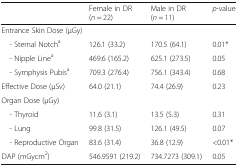
<table><thead><tr><td></td><td><b>Female in DR (<i>n</i> = 22)</b></td><td><b>Male in DR (<i>n</i> = 11)</b></td><td><b><i>p</i>-value</b></td></tr></thead><tbody><tr><td colspan="4">Entrance Skin Dose (μGy)</td></tr><tr><td> - Sternal Notch<sup>a</sup></td><td>126.1 (33.2)</td><td>170.5 (64.1)</td><td>0.01*</td></tr><tr><td> - Nipple Line<sup>a</sup></td><td>469.6 (165.2)</td><td>625.1 (273.5)</td><td>0.05</td></tr><tr><td> - Symphysis Pubis<sup>a</sup></td><td>709.3 (276.4)</td><td>756.1 (343.4)</td><td>0.68</td></tr><tr><td>Effective Dose (μSv)</td><td>64.0 (21.1)</td><td>74.4 (26.9)</td><td>0.23</td></tr><tr><td colspan="4">Organ Dose (μGy)</td></tr><tr><td> - Thyroid</td><td>11.6 (3.1)</td><td>13.5 (5.3)</td><td>0.31</td></tr><tr><td> - Lung</td><td>99.8 (31.5)</td><td>126.1 (49.5)</td><td>0.07</td></tr><tr><td> - Reproductive Organ</td><td>83.6 (31.4)</td><td>36.8 (12.9)</td><td>&lt;0.01*</td></tr><tr><td>DAP (mGycm<sup>2</sup>)</td><td>546.9591 (219.2)</td><td>734.7273 (309.1)</td><td>0.05</td></tr></tbody></table>